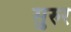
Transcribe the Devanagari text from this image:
सुरुर